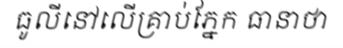
ធូលីនៅលើគ្រាប់ភ្នែក ធានាថា